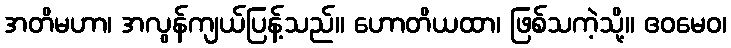
အတိမဟာ၊ အလွန်ကျယ်ပြန့်သည်။ ဟောတိယထာ၊ ဖြစ်သကဲ့သို့။ ဧဝမေဝ၊